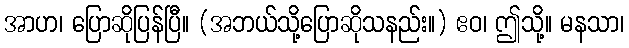
အာဟ၊ ပြောဆိုပြန်ပြီ။ (အဘယ်သို့ပြောဆိုသနည်း။) ဧဝ၊ ဤသို့။ မနသာ၊